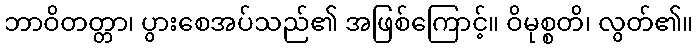
ဘာဝိတတ္တာ၊ ပွားစေအပ်သည်၏ အဖြစ်ကြောင့်။ ဝိမုစ္စတိ၊ လွတ်၏။